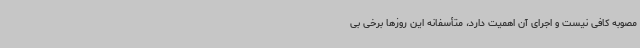
مصوبه کافی نیست و اجرای آن اهمیت دارد، متأسفانه این روزها برخی بی